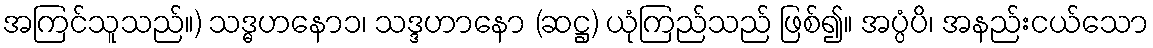
အကြင်သူသည်။) သဒ္ဓဟနော၁၊ သဒ္ဒဟာနော (ဆဋ္ဌ) ယုံကြည်သည် ဖြစ်၍။ အပ္ပံပိ၊ အနည်းငယ်သော